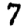
Digit: 7